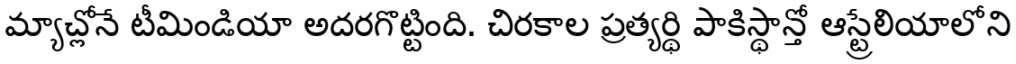
మ్యాచ్లోనే టీమిండియా అదరగొట్టింది. చిరకాల ప్రత్యర్థి పాకిస్థాన్తో ఆస్ట్రేలియాలోని